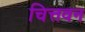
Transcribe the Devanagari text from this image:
चित्तवन